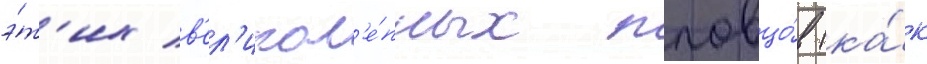
э́т'их в'ел'икол'е́пных пловцо́в (ка́к